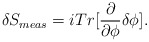
\begin{align*}\delta S_{meas}=iTr[\frac{\partial}{\partial\phi}\delta\phi].\end{align*}